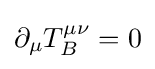
\partial _{\mu }T_{B}^{\mu \nu }=0